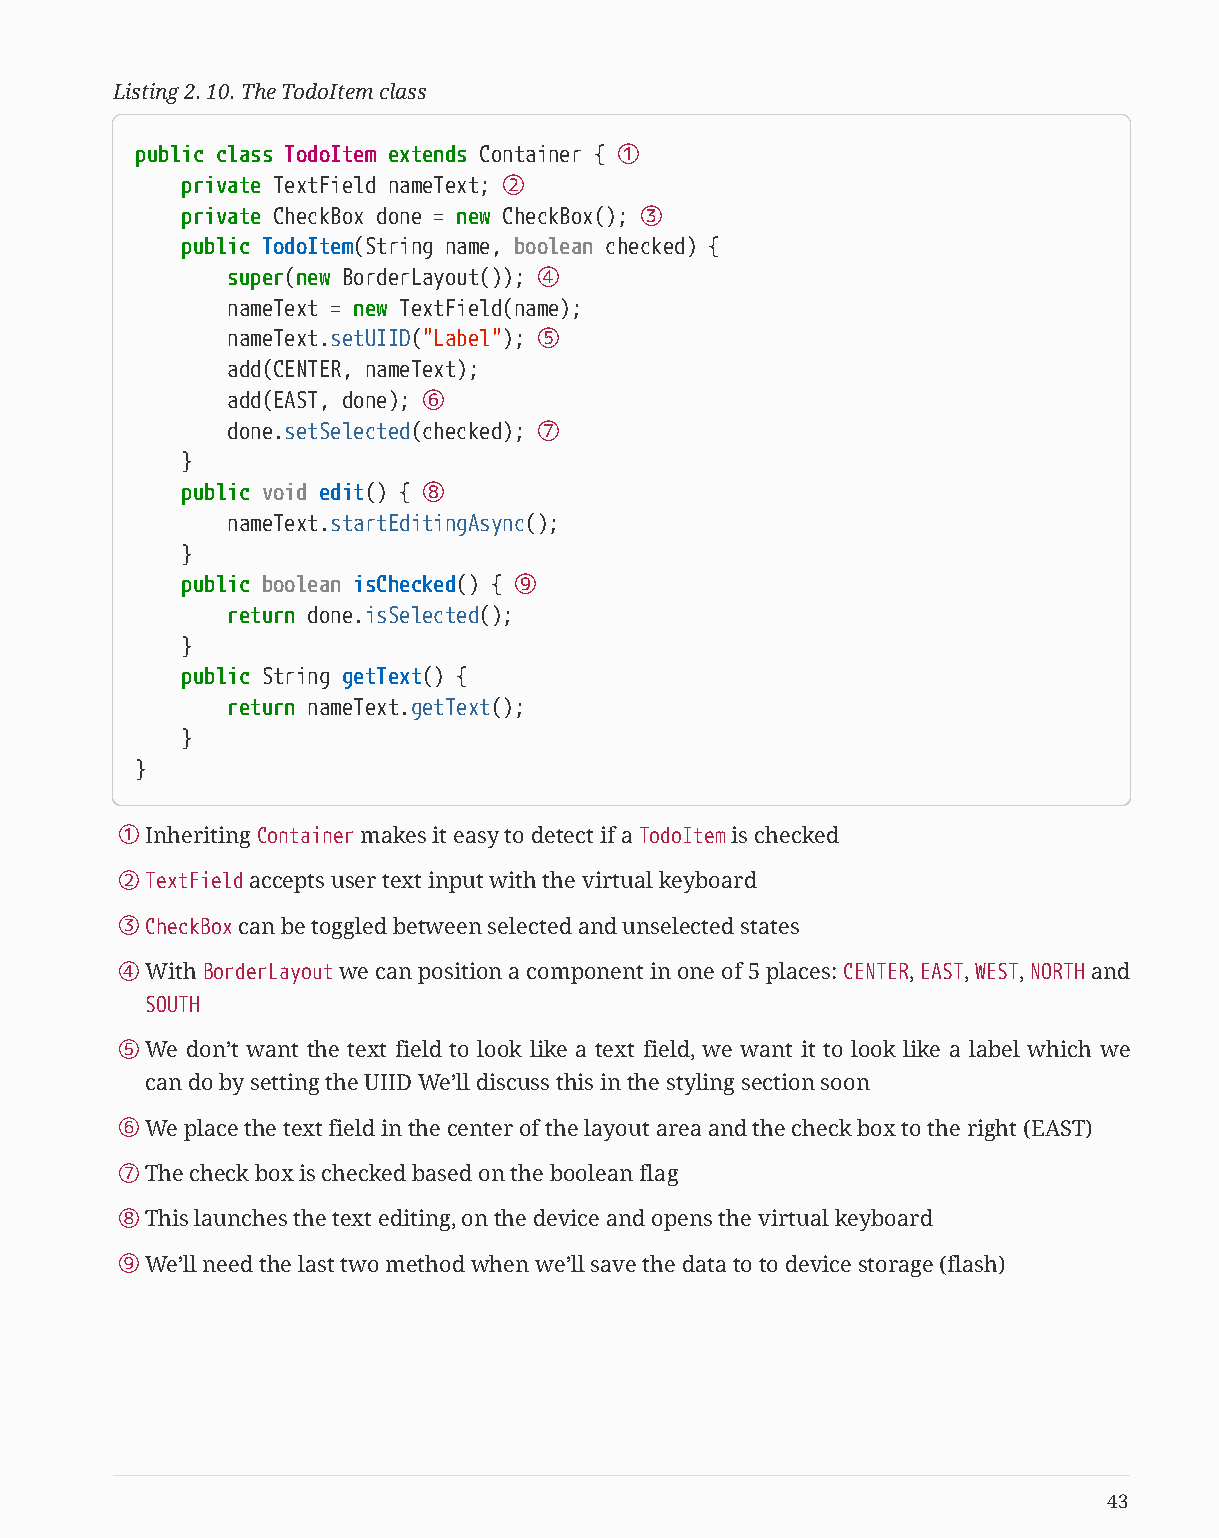
Listing 2. 10. The TodoItem class
 public class TodoItem extends Container { ①
 private TextField nameText; ②
 private CheckBox done = new CheckBox(); ③
 public TodoItem(String name, boolean checked) {
 super(new BorderLayout()); ④
 nameText = new TextField(name);
 nameText.setUIID("Label"); ⑤
 add(CENTER, nameText);
 add(EAST, done); ⑥
 done.setSelected(checked); ⑦
 }
 public void edit() { ⑧
 nameText.startEditingAsync();
 }
 public boolean isChecked() { ⑨
 return done.isSelected();
 }
 public String getText() {
 return nameText.getText();
 }
 }
 ①Inheriting Container makes it easy to detect if a TodoItem is checked
 ②TextField accepts user text input with the virtual keyboard
 ③CheckBox can be toggled between selected and unselected states
 ④With BorderLayout we can position a component in one of 5 places: CENTER, EAST, WEST, NORTH and
 SOUTH
 ⑤We don’t want the text field to look like a text field, we want it to look like a label which we
 can do by setting the UIID We’ll discuss this in the styling section soon
 ⑥We place the text field in the center of the layout area and the check box to the right (EAST)
 ⑦The check box is checked based on the boolean flag
 ⑧This launches the text editing, on the device and opens the virtual keyboard
 ⑨We’ll need the last two method when we’ll save the data to to device storage (flash)
 43